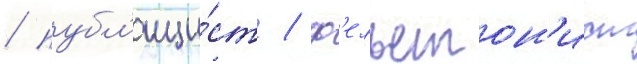
/ публ'ици́ст / ф'ельетон'ист